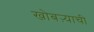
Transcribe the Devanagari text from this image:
खोबऱ्याची